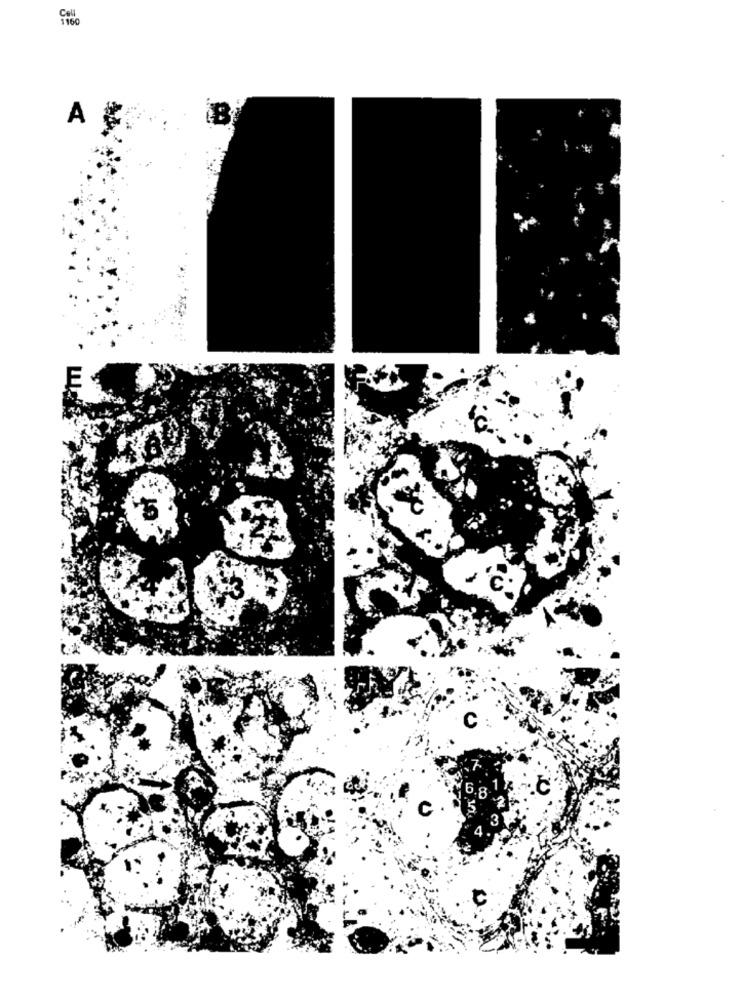
A &
E
C
.C
C